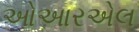
ઓઆરએલ